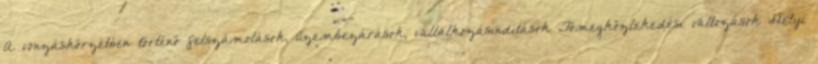
A vonzáskörzetben történő felszámolások, üzembezárások, vállalkozásindítások Tömegközlekedési változások Helyi